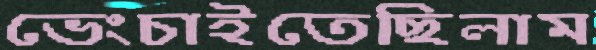
ভেংচাইতেছিলাম